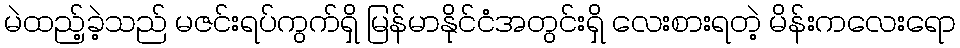
မဲထည့်ခဲ့သည် မဇင်းရပ်ကွက်ရှိ မြန်မာနိုင်ငံအတွင်းရှိ လေးစားရတဲ့ မိန်းကလေးရော